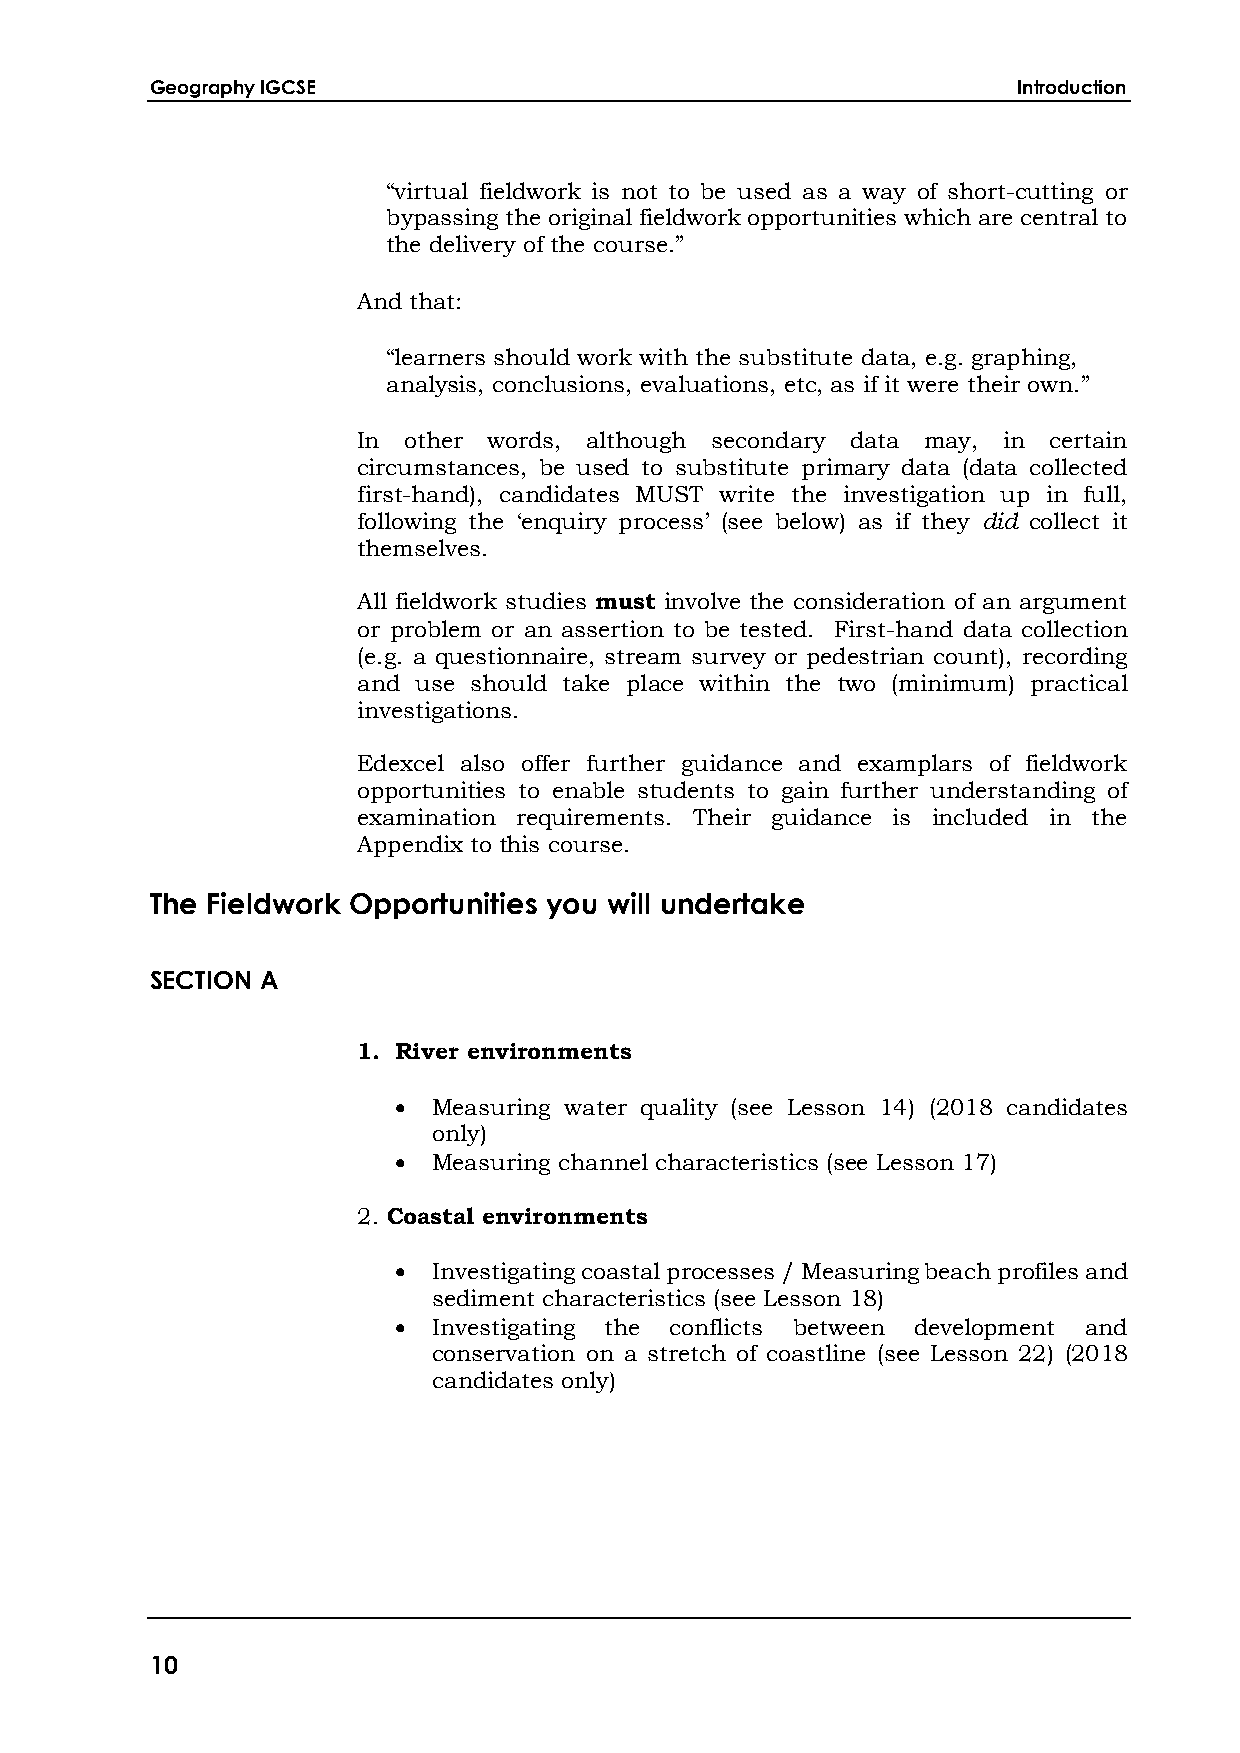
Geography IGCSE                                          Introduction
 “virtual fieldwork is not to be used as a way of short-cutting or
 bypassing the original fieldwork opportunities which are central to
 the delivery of the course.”
 And that:
 “learners should work with the substitute data, e.g. graphing,
 analysis, conclusions, evaluations, etc, as if it were their own.”
 In other words, although secondary data may, in certain
 circumstances, be used to substitute primary data (data collected
 first-hand), candidates MUST write the investigation up in full,
 following the ‘enquiry process’ (see below) as if they did collect it
 themselves.
 All fieldwork studies must involve the consideration of an argument
 or problem or an assertion to be tested. First-hand data collection
 (e.g. a questionnaire, stream survey or pedestrian count), recording
 and use should take place within the two (minimum) practical
 investigations.
 Edexcel also offer further guidance and examplars of fieldwork
 opportunities to enable students to gain further understanding of
 examination requirements. Their guidance is included in the
 Appendix to this course.
 The Fieldwork Opportunities you will undertake
 SECTION A
 1. River environments
 •  Measuring water quality (see Lesson 14) (2018 candidates
 only)
 •  Measuring channel characteristics (see Lesson 17)
 2. Coastal environments
 •  Investigating coastal processes / Measuring beach profiles and
 sediment characteristics (see Lesson 18)
 •  Investigating the conflicts between development and
 conservation on a stretch of coastline (see Lesson 22) (2018
 candidates only)
 10